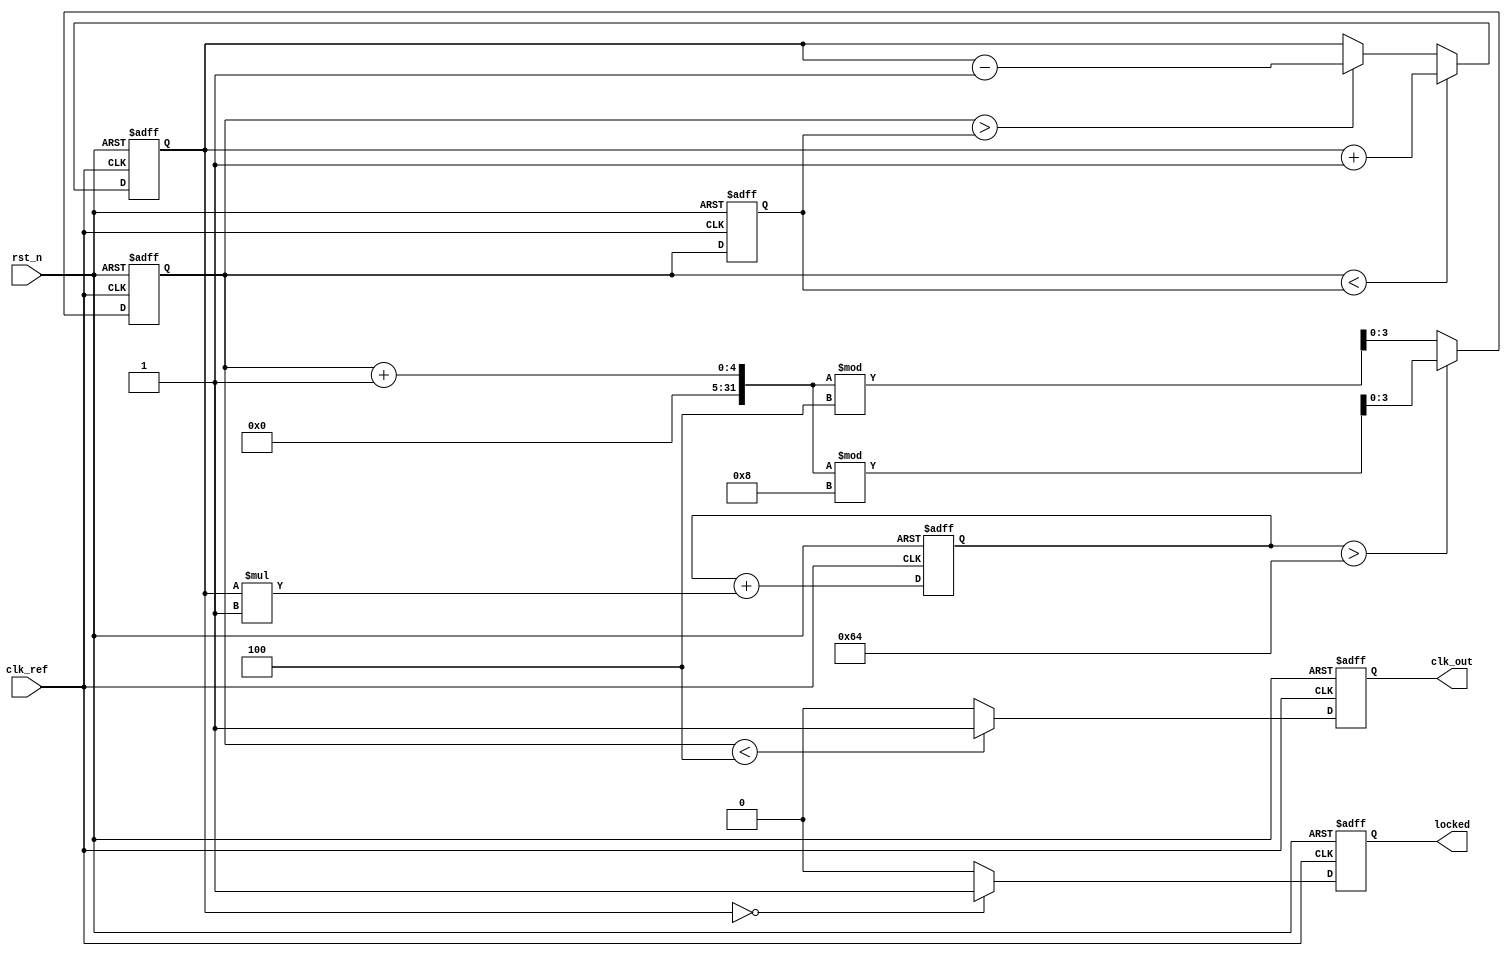
module integer_n_pll (
    input wire clk_ref,          // Reference clock
    input wire rst_n,           // Active low reset
    output reg clk_out,         // Output clock
    output reg locked           // Lock status
);

// Parameters
parameter N = 4;               // Division ratio
parameter LOOP_FILTER_GAIN = 1; // Loop filter gain

// Internal signals
reg [3:0] phase_error;         // Phase error signal
reg [15:0] control_voltage;     // Control voltage for VCO
reg [3:0] vco_counter;          // VCO counter
reg [3:0] feedback_divider;     // Feedback divider

// Phase Detector (PD)
always @(posedge clk_ref or negedge rst_n) begin
    if (!rst_n) begin
        phase_error <= 0;
    end else begin
        // Simple phase comparison logic
        if (vco_counter < feedback_divider) begin
            phase_error <= phase_error + 1; // Output leading
        end else if (vco_counter > feedback_divider) begin
            phase_error <= phase_error - 1; // Output lagging
        end
    end
end

// Loop Filter (LF)
always @(posedge clk_ref or negedge rst_n) begin
    if (!rst_n) begin
        control_voltage <= 0;
    end else begin
        // Simple proportional control for the loop filter
        control_voltage <= control_voltage + (phase_error * LOOP_FILTER_GAIN);
    end
end

// Voltage-Controlled Oscillator (VCO)
always @(posedge clk_ref or negedge rst_n) begin
    if (!rst_n) begin
        vco_counter <= 0;
        clk_out <= 0;
    end else begin
        // VCO frequency control based on control voltage
        if (control_voltage > 100) begin
            vco_counter <= (vco_counter + 1) % (N * 2); // Generate higher frequency
        end else begin
            vco_counter <= (vco_counter + 1) % (N); // Generate lower frequency
        end
        
        // Output clock generation
        clk_out <= (vco_counter < N) ? 1'b1 : 1'b0; // Output clock signal
    end
end

// Feedback Divider
always @(posedge clk_ref or negedge rst_n) begin
    if (!rst_n) begin
        feedback_divider <= 0;
    end else begin
        feedback_divider <= vco_counter; // Feedback the VCO output
    end
end

// Lock Detection Logic
always @(posedge clk_ref or negedge rst_n) begin
    if (!rst_n) begin
        locked <= 0;
    end else begin
        // Simple lock detection logic
        if (phase_error == 0) begin
            locked <= 1; // Locked when phase error is zero
        end else begin
            locked <= 0; // Not locked
        end
    end
end

endmodule